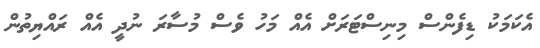
އެކަމަކު ޑިފެންސް މިނިސްޓަރަށް އެއް މަހު ވެސް މުސާރަ ނުދީ އެއް ރައްޔިތުން